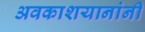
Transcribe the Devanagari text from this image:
अवकाशयानांनी